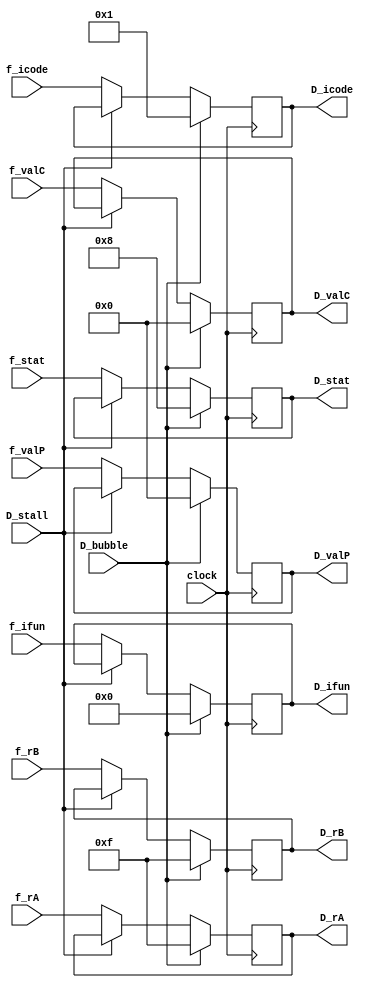
module D_reg (clock, D_stall, D_bubble, f_stat, f_icode, f_ifun, f_rA, f_rB, f_valC, f_valP, D_stat, D_icode, D_ifun, D_rA, D_rB, D_valC, D_valP);

input clock, D_bubble, D_stall;
input [0:3] f_icode, f_ifun, f_rA, f_rB, f_stat;
input [0:63] f_valC, f_valP;

output reg [0:3] D_icode, D_ifun, D_rA, D_rB, D_stat;
output reg [0:63] D_valC, D_valP;

// Updating the D registers according to stall and bubble conditions.
always @(posedge clock) begin
	if (D_bubble) begin
		D_icode <= 4'h1;
		D_ifun <= 4'h0;
		D_rA <= 4'hF;
		D_rB <= 4'hF;
		D_stat <= 4'b1000;
		D_valC <= 64'h0;
		D_valP <= 64'h0;
	end
	else if (~D_stall) begin
		D_icode <= f_icode;
		D_ifun <= f_ifun;
		D_rA <= f_rA;
		D_rB <= f_rB;
		D_stat <= f_stat;
		D_valC <= f_valC;
		D_valP <= f_valP;
	end
end

endmodule